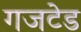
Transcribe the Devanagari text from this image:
गजटेड